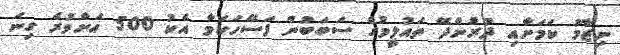
ނިޒާމު ކަމަށާއި ދުރުންދޭ ތައުލީމުގެ ސަބަބުން ފަސޭހަކަމާ އެކު 500 އަށްވުރެ ގިނަ